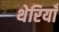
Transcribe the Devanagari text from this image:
थेरियाँ